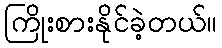
ကြိုးစားနိုင်ခဲ့တယ်။